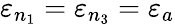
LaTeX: \varepsilon_{n_{1}}=\varepsilon_{n_{3}}=\varepsilon_{a}